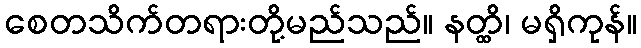
စေတသိက်တရားတို့မည်သည်။ နတ္ထိ၊ မရှိကုန်။